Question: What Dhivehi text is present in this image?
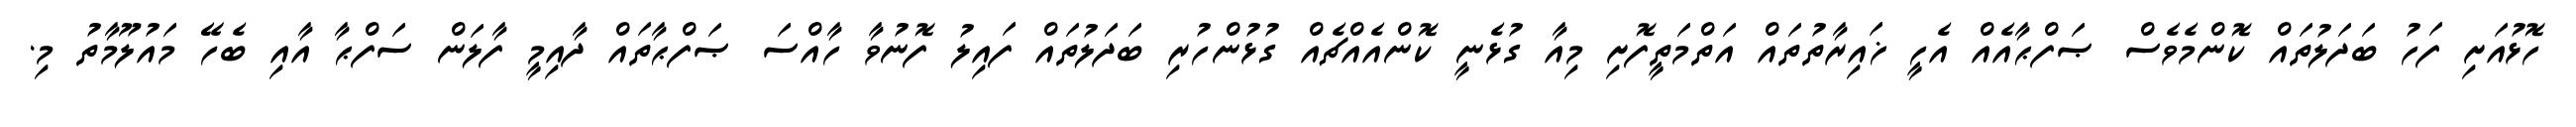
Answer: ހޮޅުއަށި ފަހު ބަދަލުތައް ކޮންމެވެސް ޞަފްޙާއެއް އެހީ ޚައިރާތުތައް އަތްމަތީފޮށި މިއާ ގުޅެނީ ކޮންއެއްޗެއް ގުޅުންހުރި ބަދަލުތައް ފައިލު ފޮނުވާ ހާއްސަ ޞަފްޙާތައް ދާއިމީ ފާލަން ސަފްޙާ އާއި ބެހޭ މައުލޫމާތު މި.